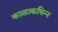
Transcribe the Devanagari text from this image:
काळाकभिन्न